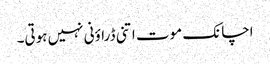
اچانک موت اتنی ڈراؤنی نہیں ہوتی۔